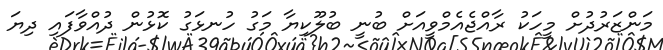
މަންޒަރުދުށް މީހަކު ރާއްޖެއެމްވީއަށް ބުނީ ބުލޫކިޔާ މަގު ހުނޅަގު ކޮޅުން ދުއްވާފައި ދިޔަ